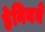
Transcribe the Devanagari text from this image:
हेनिनने